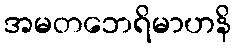
အမတဘေရိမာဟနိ